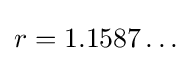
r=1.1587\ldots